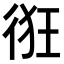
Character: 𢓯